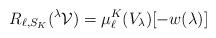
LaTeX: \begin{align*} R_{\ell, S_K}(^\lambda \mathcal{V})=\mu_{\ell}^K(V_{\lambda})[-w(\lambda)]\end{align*}